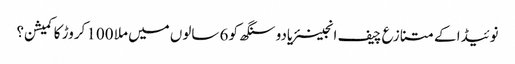
نوئیڈا کے متنازع چیف انجینئریادو سنگھ کو 6 سالوں میں ملا 100 کروڑ کا کمیشن؟